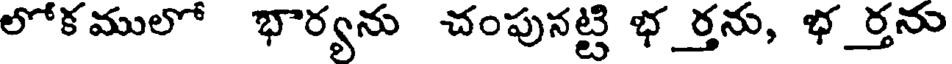
లోకములో భార్యను చంపునట్టి భర్తను, భర్తను